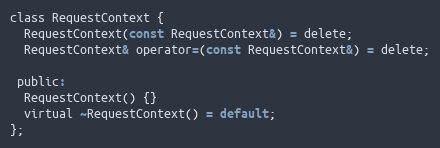
Language: C
class RequestContext {
  RequestContext(const RequestContext&) = delete;
  RequestContext& operator=(const RequestContext&) = delete;

 public:
  RequestContext() {}
  virtual ~RequestContext() = default;
};